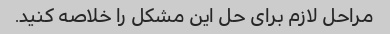
مراحل لازم برای حل این مشکل را خلاصه کنید.